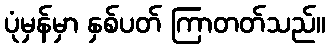
ပုံမှန်မှာ နှစ်ပတ် ကြာတတ်သည်။